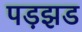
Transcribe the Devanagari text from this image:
पड़झड